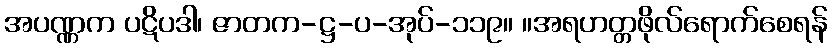
အပဏ္ဏက ပဋိပဒါ၊ ဇာတက-ဋ္ဌ-ပ-အုပ်-၁၁၉။ ။အရဟတ္တဖိုလ်ရောက်စေရန်